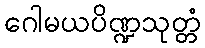
ဂေါမယပိဏ္ဍသုတ္တံ